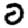
Digit: 0